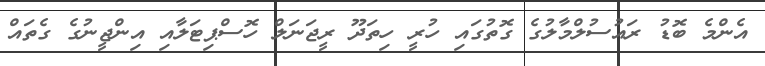
އެންމެ ބޮޑު ރައުސުލްމާލުގެ ގޮތުގައި ހުރީ ހިތަދޫ ރީޖަނަލް ހޮސްޕިޓަލާއި އިންޖީނުގެ ގެތައް